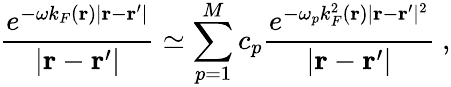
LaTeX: \frac{e^{-\omega k_{F}(\mathbf{r})|\mathbf{r}-\mathbf{r}^{\prime}|}}{|\mathbf{r}-\mathbf{r}^{\prime}|}\simeq\sum_{p=1}^{M}c_{p}\frac{e^{-\omega_{p}k_{F}^{2}(\mathbf{r})|\mathbf{r}-\mathbf{r}^{\prime}|^{2}}}{|\mathbf{r}-\mathbf{r}^{\prime}|}\ ,